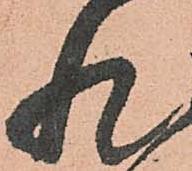
状